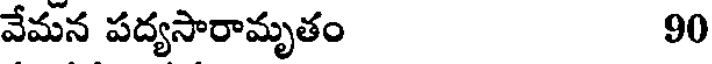
వేమన పద్యసారామృతం 90